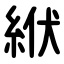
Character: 絥